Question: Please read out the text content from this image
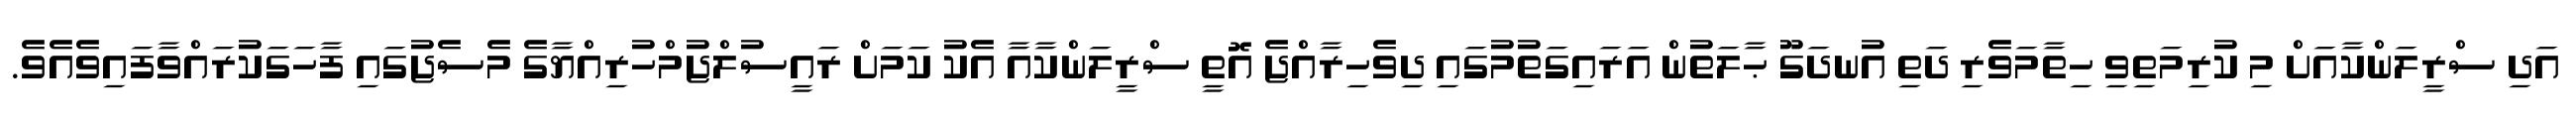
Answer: އަދި ސްރީލަންކާއަށް މި ކުރިމަތިވި ހިތާމަވެރި ދަތި އުނދަގޫ ޙާލަތުން އަރައިގަތުމުގައި ދިވެހިރާއްޖެ އޮތީ ސްރީލަންކާއާ އެކު ކަމަށް ރައީސުލްޖުމްހުރިއްޔާގެ މެސެޖުގައި ފާހަގަކުރައްވާފައިވެއެވެ.